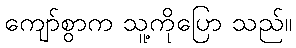
ကျော်စွာက သူ့ကိုပြော သည်။